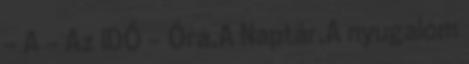
- A - Az IDŐ - Óra,A Naptár,A nyugalom